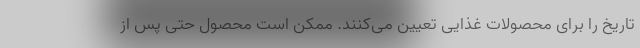
تاریخ را برای محصولات غذایی تعیین می‌کنند. ممکن است محصول حتی پس از